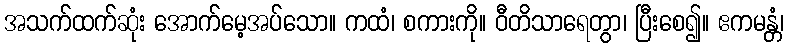
အသက်ထက်ဆုံး အောက်မေ့အပ်သော။ ကထံ၊ စကားကို။ ဝီတိသာရေတွာ၊ ပြီးစေ၍။ ဧကမန္တံ၊